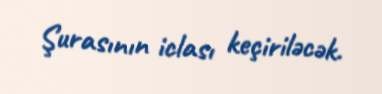
Şurasının iclası keçiriləcək.